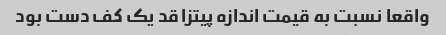
واقعا نسبت به قیمت اندازه پیتزا قد یک کف دست بود